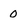
Character: 0